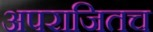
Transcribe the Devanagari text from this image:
अपराजितच